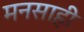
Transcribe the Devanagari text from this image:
मनसाही